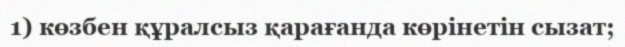
1) көзбен құралсыз қарағанда көрінетін сызат;